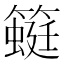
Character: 𰪛